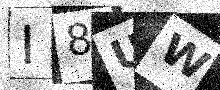
Text: I8UW